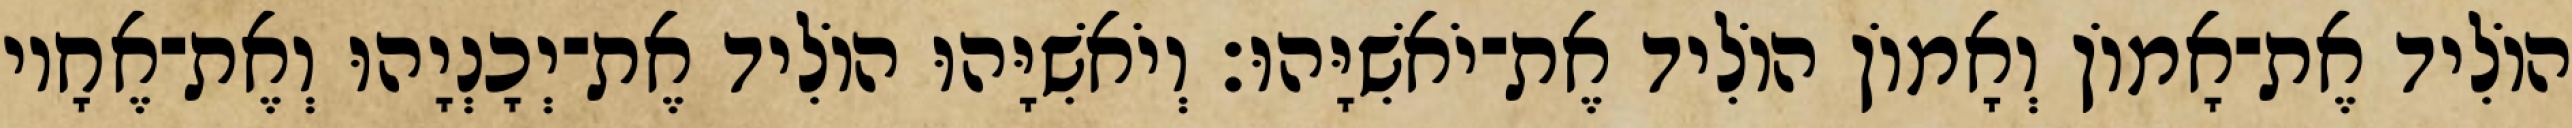
הוֹלִיד אֶת־אָמוֹן וְאָמוֹן הוֹלִיד אֶת־יֹאשִׁיָּהוּ׃ וְיֹאשִׁיָּהוּ הוֹלִיד אֶת־יְכָנְיָהוּ וְאֶת־אֶחָיו